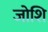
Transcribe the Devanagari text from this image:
जोशि